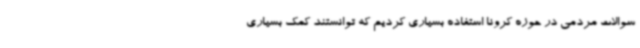
سوالات مردمی در حوزه کرونا استفاده بسیاری کردیم که توانستند کمک بسیاری